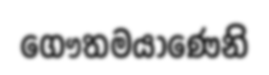
ගෞතමයාණෙනි